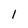
Character: I